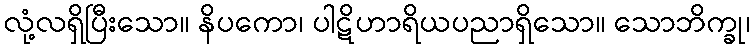
လုံ့လရှိပြီးသော။ နိပကော၊ ပါဋိဟာရိယပညာရှိသော။ သောဘိက္ခု၊